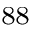
^ { 8 8 }